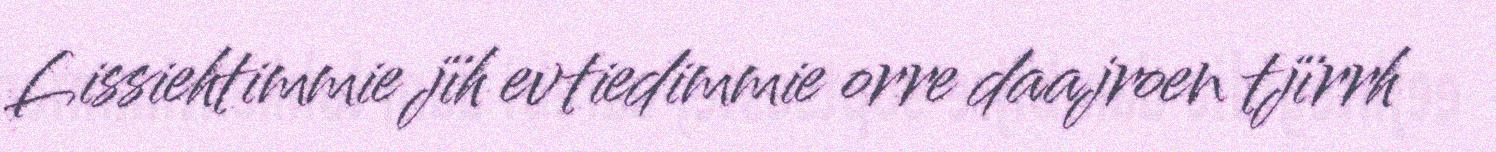
Lissiehtimmie jïh evtiedimmie orre daajroen tjïrrh